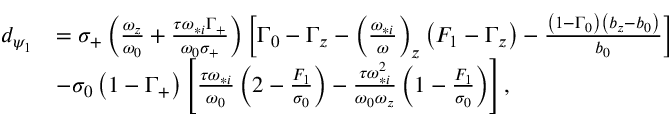
\begin{array} { r l } { d _ { \psi _ { 1 } } } & { = \sigma _ { + } \left( \frac { \omega _ { z } } { \omega _ { 0 } } + \frac { \tau \omega _ { * i } \Gamma _ { + } } { \omega _ { 0 } \sigma _ { + } } \right) \left[ \Gamma _ { 0 } - \Gamma _ { z } - \left( \frac { \omega _ { * i } } { \omega } \right) _ { z } \left( F _ { 1 } - \Gamma _ { z } \right) - \frac { \left( 1 - \Gamma _ { 0 } \right) \left( b _ { z } - b _ { 0 } \right) } { b _ { 0 } } \right] } \\ & { - \sigma _ { 0 } \left( 1 - \Gamma _ { + } \right) \left[ \frac { \tau \omega _ { * i } } { \omega _ { 0 } } \left( 2 - \frac { F _ { 1 } } { \sigma _ { 0 } } \right) - \frac { \tau \omega _ { * i } ^ { 2 } } { \omega _ { 0 } \omega _ { z } } \left( 1 - \frac { F _ { 1 } } { \sigma _ { 0 } } \right) \right] , } \end{array}